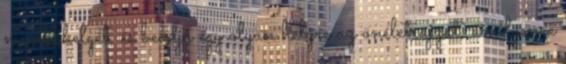
munkahelyét, és beadja egy olyan helyre az önéletrajzát, amilyenre